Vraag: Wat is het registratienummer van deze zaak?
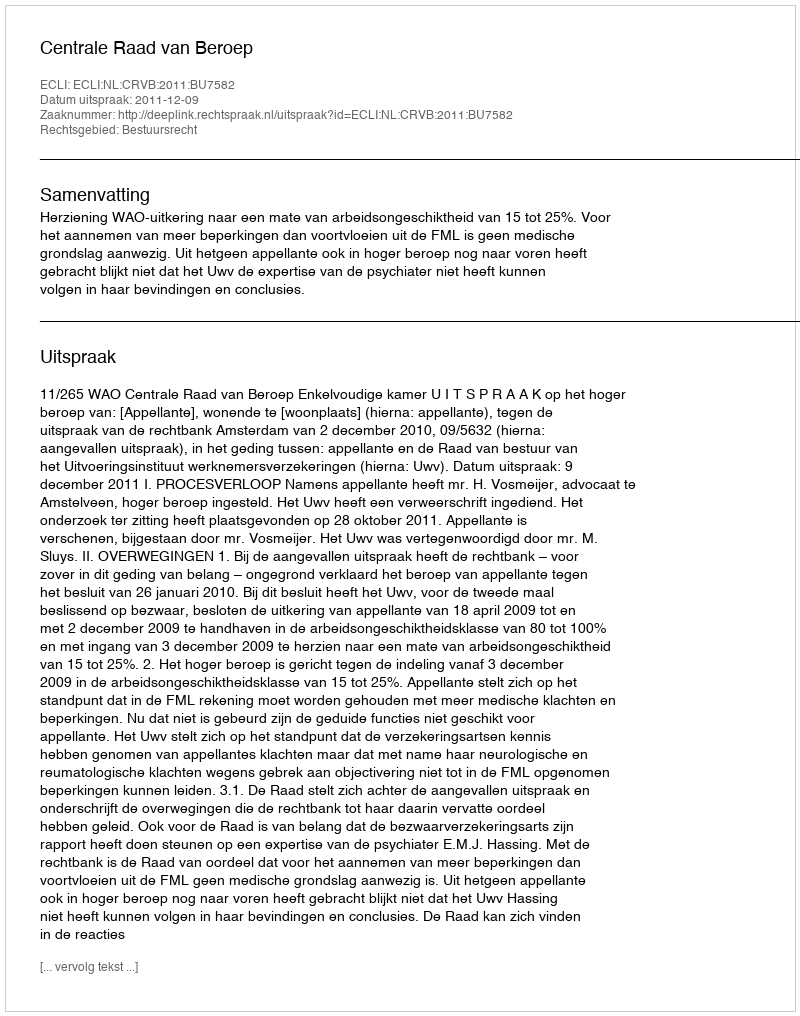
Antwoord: http://deeplink.rechtspraak.nl/uitspraak?id=ECLI:NL:CRVB:2011:BU7582